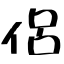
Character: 侶